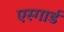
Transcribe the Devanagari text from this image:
एस्गार्ड